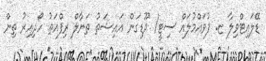
ޑޭލައިޓްވިލާ ޏ. ފުވައްމުލައް ސިޓީ/ ދޫޑިގަން އައިޝަތު ތަނާލް ރިފްއަތު ހޯދިއިރު ތިން